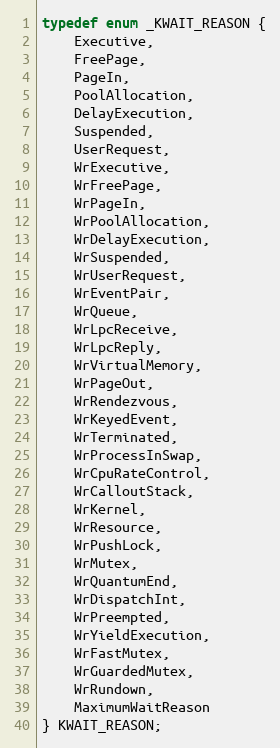
Language: C
typedef enum _KWAIT_REASON {
	Executive,
	FreePage,
	PageIn,
	PoolAllocation,
	DelayExecution,
	Suspended,
	UserRequest,
	WrExecutive,
	WrFreePage,
	WrPageIn,
	WrPoolAllocation,
	WrDelayExecution,
	WrSuspended,
	WrUserRequest,
	WrEventPair,
	WrQueue,
	WrLpcReceive,
	WrLpcReply,
	WrVirtualMemory,
	WrPageOut,
	WrRendezvous,
	WrKeyedEvent,
	WrTerminated,
	WrProcessInSwap,
	WrCpuRateControl,
	WrCalloutStack,
	WrKernel,
	WrResource,
	WrPushLock,
	WrMutex,
	WrQuantumEnd,
	WrDispatchInt,
	WrPreempted,
	WrYieldExecution,
	WrFastMutex,
	WrGuardedMutex,
	WrRundown,
	MaximumWaitReason
} KWAIT_REASON;